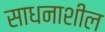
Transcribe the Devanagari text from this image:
साधनाशील